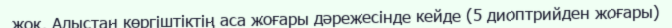
жоқ. Алыстан көргіштіктің аса жоғары дәрежесінде кейде (5 диоптрийден жоғары)